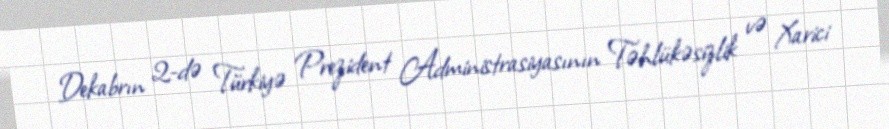
Dekabrın 2-də Türkiyə Prezident Administrasiyasının Təhlükəsizlik və Xarici